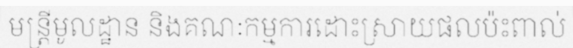
មន្ត្រីមូលដ្ឋាន និងគណៈកម្មការដោះស្រាយផលប៉ះពាល់